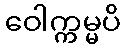
ဝေါက္ကမ္မပိ